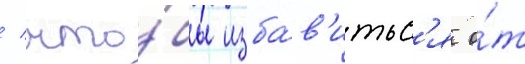
/ что́бы изба́в'итьс'я о́т